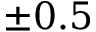
\pm 0 . 5